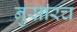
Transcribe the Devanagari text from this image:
नुसारच